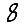
Digit: 8